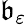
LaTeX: \mathfrak{b}_{\varepsilon}